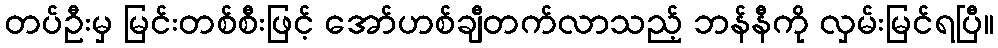
တပ်ဦးမှ မြင်းတစ်စီးဖြင့် အော်ဟစ်ချီတက်လာသည့် ဘန်နီကို လှမ်းမြင်ရပြီ။